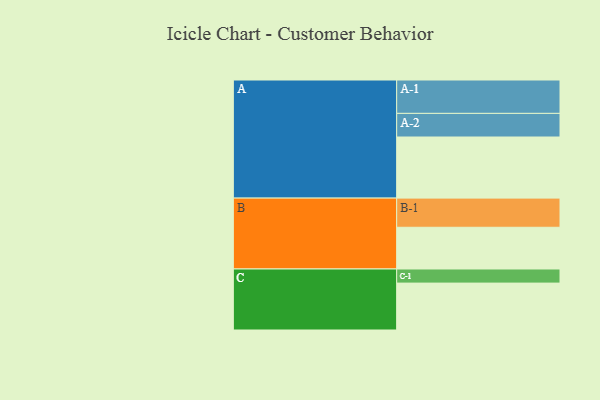
{"axis": {"x": "Segment", "y": "Value"}, "legend": ["", "A", "B", "C"], "data": [{"x": "A", "y": 520, "type": ""}, {"x": "B", "y": 355, "type": ""}, {"x": "C", "y": 399, "type": ""}, {"x": "A-1", "y": 284, "type": "A"}, {"x": "A-2", "y": 201, "type": "A"}, {"x": "B-1", "y": 248, "type": "B"}, {"x": "C-1", "y": 120, "type": "C"}]}